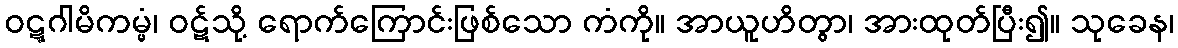
ဝဋ္ဋဂါမိကမ္မံ၊ ဝဋ်သို့ ရောက်ကြောင်းဖြစ်သော ကံကို။ အာယူဟိတွာ၊ အားထုတ်ပြီး၍။ သုခေန၊